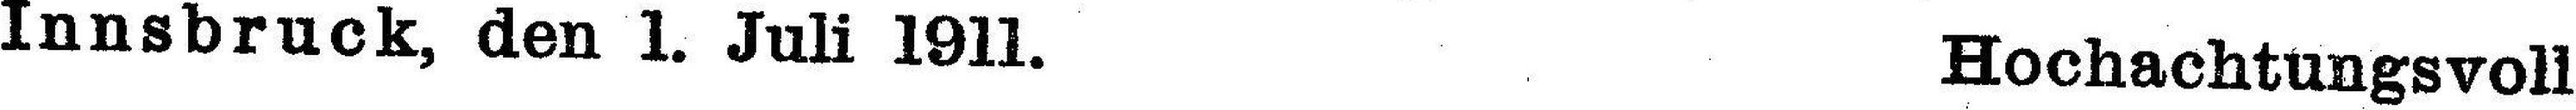
Innsbruck, den 1. Juli 1911. Hochachtungsvoll